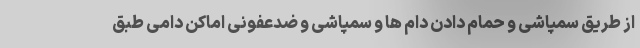
از طریق سمپاشی و حمام دادن دام ها و سمپاشی و ضدعفونی اماکن دامی طبق